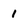
Character: 1